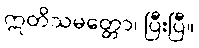
ဣတိသမတ္တော၊ ပြီးပြီ။